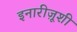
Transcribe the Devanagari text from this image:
इनारीज़ूशी